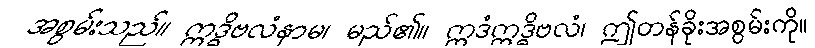
အစွမ်းသည်။ ဣဒ္ဓိဗလံနာမ၊ မည်၏။ ဣဒံဣဒ္ဓိဗလံ၊ ဤတန်ခိုးအစွမ်းကို။